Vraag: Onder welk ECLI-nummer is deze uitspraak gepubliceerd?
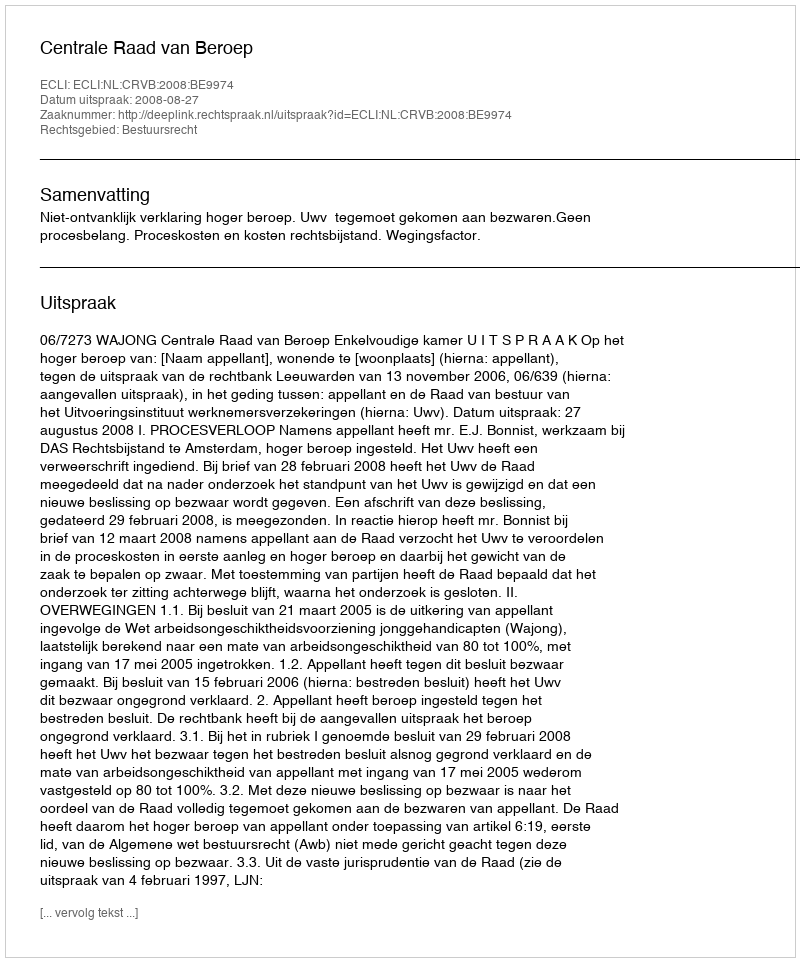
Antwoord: ECLI:NL:CRVB:2008:BE9974